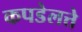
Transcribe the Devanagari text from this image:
कपडेलत्ते